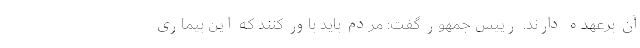
آن برعهده دارند. رییس جمهور گفت: مردم باید باور کنند که این بیماری